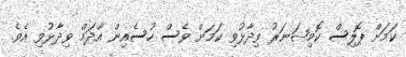
ކަމަށް ޕޮލިސް ކޮމިޝަނަރު ވިދާޅުވި ކަމަށް ވެސް ހުސެއިން އާދަމް ވިދާޅުވި އެވެ.